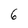
Character: 6